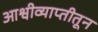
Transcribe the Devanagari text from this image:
आश्वीव्याप्तीतून